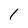
Character: l